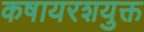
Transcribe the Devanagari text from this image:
कषायरशयुक्त